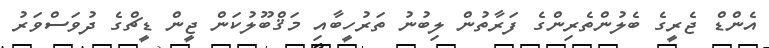
އެންޑް ޖެރީގެ ބެލުންތެރިންގެ ފަރާތުން ލިބުނު ތަރުހީބާއި މަޤްބޫލުކަން ޖީން ޑީޗްގެ ދުވަސްވަރު